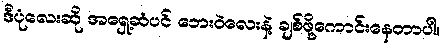
ဒီပုံလေးဆို အရှေ့ဆံပင် ဘေးဝဲလေးနဲ့ ချစ်ဖို့ကောင်းနေတာပါ။